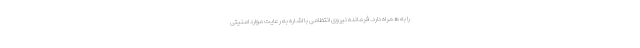
را به همراه دارد. فرمانده نیروی انتظامی با اشاره به رعایت موارد امنیتی